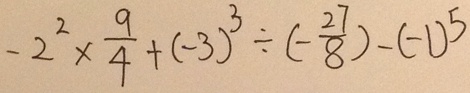
- 2 ^ { 2 } \times \frac { 9 } { 4 } + ( - 3 ) ^ { 3 } \div ( - \frac { 2 7 } { 8 } ) - ( - 1 ) ^ { 5 }